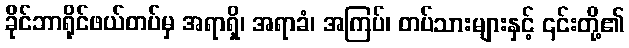
ခိုင်ဘာရိုင်ဖယ်တပ်မှ အရာရှိ၊ အရာခံ၊ အကြပ်၊ တပ်သားများနှင့် ၎င်းတို့၏